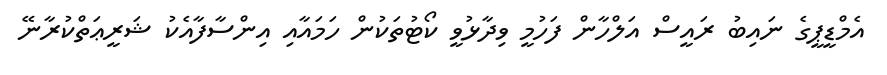
އެމްޑީޕީގެ ނައިބު ރައީސް އަލްހާން ފަހުމީ ވިދާޅުވީ ކޯޓުތަކުން ހަމައާއި އިންސާފާއެކު ޝަރީޢަތްކުރާނޭ